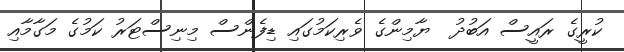
ކުރީގެ ރައީސް އަބުދު  ޔާމިންގެ ވެރިކަމުގައި ޑިފެންސް މިނިސްޓަރު ކަމުގެ މަގާމާއި